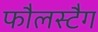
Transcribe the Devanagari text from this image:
फौलस्टैग